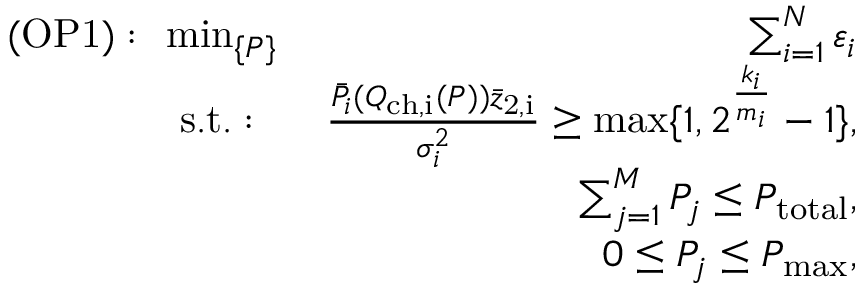
\begin{array} { r l r } { ( \mathrm { O P 1 } ) : } & { \! \! { \operatorname* { m i n } _ { \{ \boldsymbol { P } \} } } \, } & { \sum _ { i = 1 } ^ { N } \varepsilon _ { i } } \\ & { \mathrm { s . t . : } } & { \frac { { \bar { P } _ { i } } ( Q _ { \mathrm { { c h , } i } } ( \boldsymbol { P } ) ) \bar { z } _ { \mathrm { 2 , i } } } { \sigma _ { i } ^ { 2 } } \geq \operatorname* { m a x } \{ 1 , 2 ^ { \frac { k _ { i } } { m _ { i } } } - 1 \} , } \\ & { \! \! } & { \sum _ { j = 1 } ^ { M } P _ { j } \leq P _ { \mathrm { t o t a l } } , } \\ & { \! \! } & { 0 \leq P _ { j } \leq P _ { \mathrm { m a x } } , } \end{array}